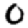
Digit: 0